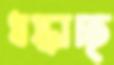
ধস্‌কাচ্ছ